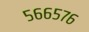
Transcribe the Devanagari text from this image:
५६६५७६